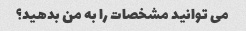
می توانید مشخصات را به من بدهید؟